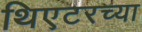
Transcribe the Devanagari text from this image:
थिएटरच्या